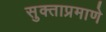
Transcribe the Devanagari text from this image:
सुक्ताप्रमाणे